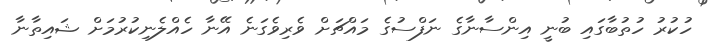
ހުކުރު ހުތުބާގައި ބުނީ އިންސާނާގެ ނަފްސުގެ މައްޗަށް ވެރިވެގަނެ އޭނާ ހެއްލެނިކުރުމަށް ޝައިތާނާ